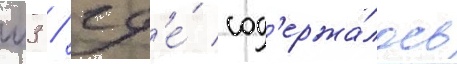
м3 / гд'е́ сод'ержа́лось